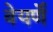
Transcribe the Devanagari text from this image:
वेयर्णे